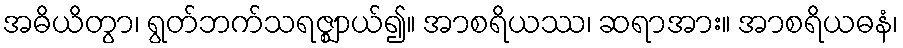
အဓိယိတွာ၊ ရွတ်ဘက်သရဇ္ဈာယ်၍။ အာစရိယဿ၊ ဆရာအား။ အာစရိယဓနံ၊